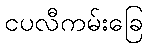
ငပလီကမ်းခြေ